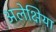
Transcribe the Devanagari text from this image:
अलेक्षिया